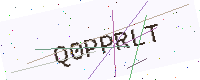
Text: Q0PPRLT